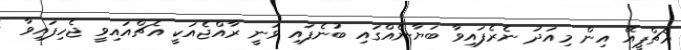
އެޗްޕީއޭ އިން މިއަދު ނެރެފައިވާ ބަޔާނެއްގައި ބުނެފައި ވަނީ ރާއްޖެއަކީ އެޗްއައިވީ ޖެހިފައިވާ